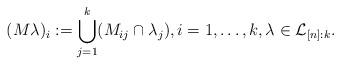
LaTeX: \begin{align*}(M\lambda)_i:=\bigcup_{j=1}^k(M_{ij}\cap\lambda_j),i=1,\ldots,k, \lambda\in {\mathcal{L}_{[n]:k}}.\end{align*}